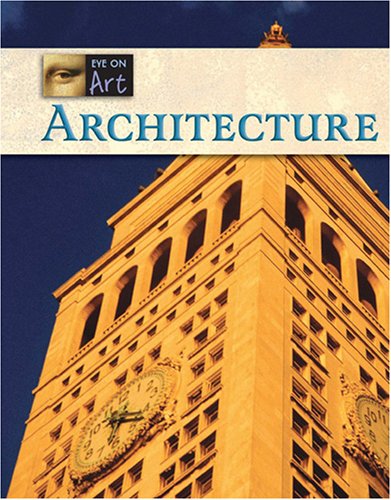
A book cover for Architecture (Eye on Art); Don Nardo; Teen & Young Adult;